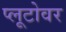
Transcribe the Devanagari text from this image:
प्लूटोवर